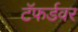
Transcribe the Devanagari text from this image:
टॅफर्डवर